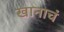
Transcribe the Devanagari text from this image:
खानाचं